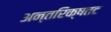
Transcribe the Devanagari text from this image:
अन्तरिक्षतट